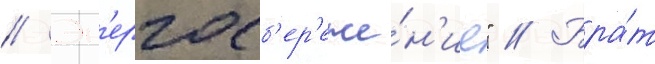
// Эн'ергосб'ер'еже́н'ие" // Бра́т